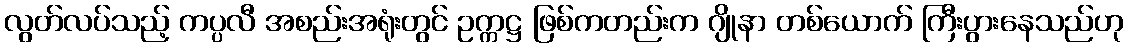
လွတ်လပ်သည့် ကပ္ပလီ အစည်းအရုံးတွင် ဥက္ကဋ္ဌ ဖြစ်ကတည်းက ဂျိုနာ တစ်ယောက် ကြီးပွားနေသည်ဟု